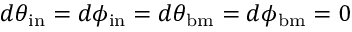
d \theta _ { \mathrm { i n } } = d \phi _ { \mathrm { i n } } = d \theta _ { \mathrm { b m } } = d \phi _ { \mathrm { b m } } = 0